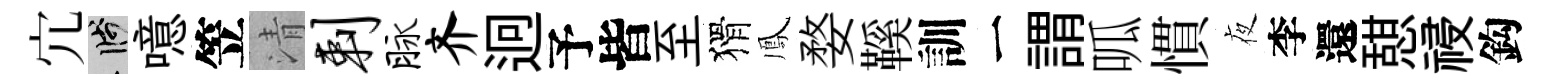
宂箋噫笠清剌脉齐迥予皆至猾鳳婺鞵訓一謂呱慣夜李還憇祲鈎